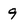
Character: 9